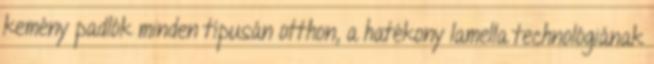
kemény padlók minden típusán otthon, a hatékony lamella technológiának